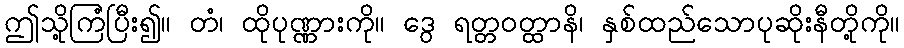
ဤသို့ကြံပြီး၍။ တံ၊ ထိုပုဏ္ဏားကို။ ဒွေ ရတ္တဝတ္ထာနိ၊ နှစ်ထည်သောပုဆိုးနီတို့ကို။